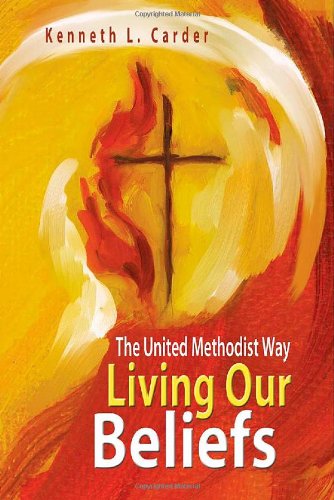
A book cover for Living Our Beliefs: The United Methodist Way; Kenneth L. Carder; Christian Books & Bibles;